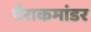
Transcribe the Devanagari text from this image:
पैराकमांडर